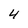
Character: 4